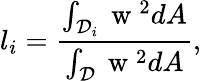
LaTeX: l_{i}=\frac{\int_{\mathcal{D}_{i}}\mathrm{~w~}^{2}dA}{\int_{\mathcal{D}}\mathrm{~w~}^{2}dA},